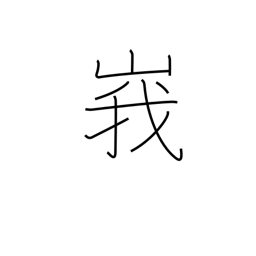
Meaning: lofty